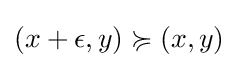
(x+\epsilon ,y)\succcurlyeq (x,y)